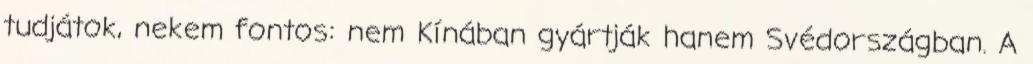
tudjátok, nekem fontos: nem Kínában gyártják hanem Svédországban. A